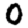
Digit: 0